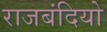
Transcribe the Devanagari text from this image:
राजबंदियो